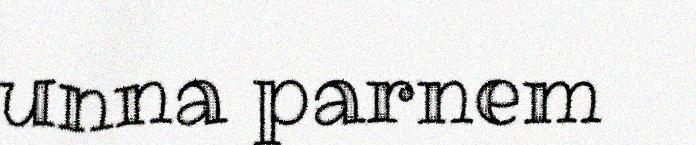
unna parnem